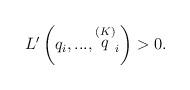
LaTeX: \begin{align*}L^{\prime }\left( q_i,...,\stackrel{\left( K\right) }{q}_i\right) >0.\end{align*}